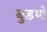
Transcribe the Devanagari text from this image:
बुडणे